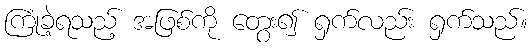
ကြုံခဲ့ရသည့် အဖြစ်ကို တွေး၍ ရှက်လည်း ရှက်သည်။